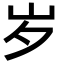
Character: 岁